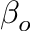
\beta _ { o }